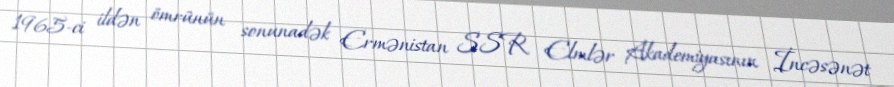
1965-ci ildən ömrünün sonunadək Ermənistan SSR Elmlər Akademiyasının İncəsənət